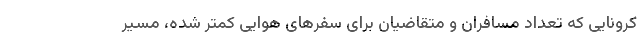
کرونایی که تعداد مسافران و متقاضیان برای سفرهای هوایی کمتر شده، مسیر